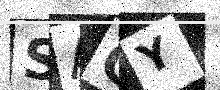
Text: SAGY